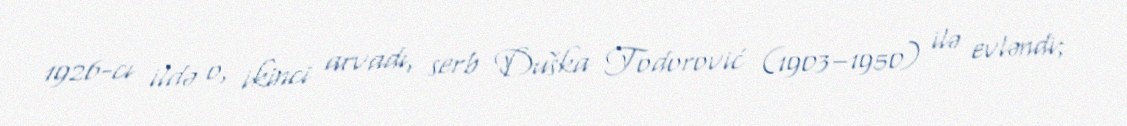
1926-cı ildə o, ikinci arvadı, serb Duška Todorović (1903–1950) ilə evləndi;